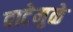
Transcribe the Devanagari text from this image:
वाटेमुळे